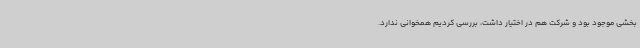
بخشی موجود بود و شرکت هم در اختیار داشت، بررسی کردیم همخوانی ندارد.